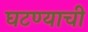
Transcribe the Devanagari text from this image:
घटण्याची